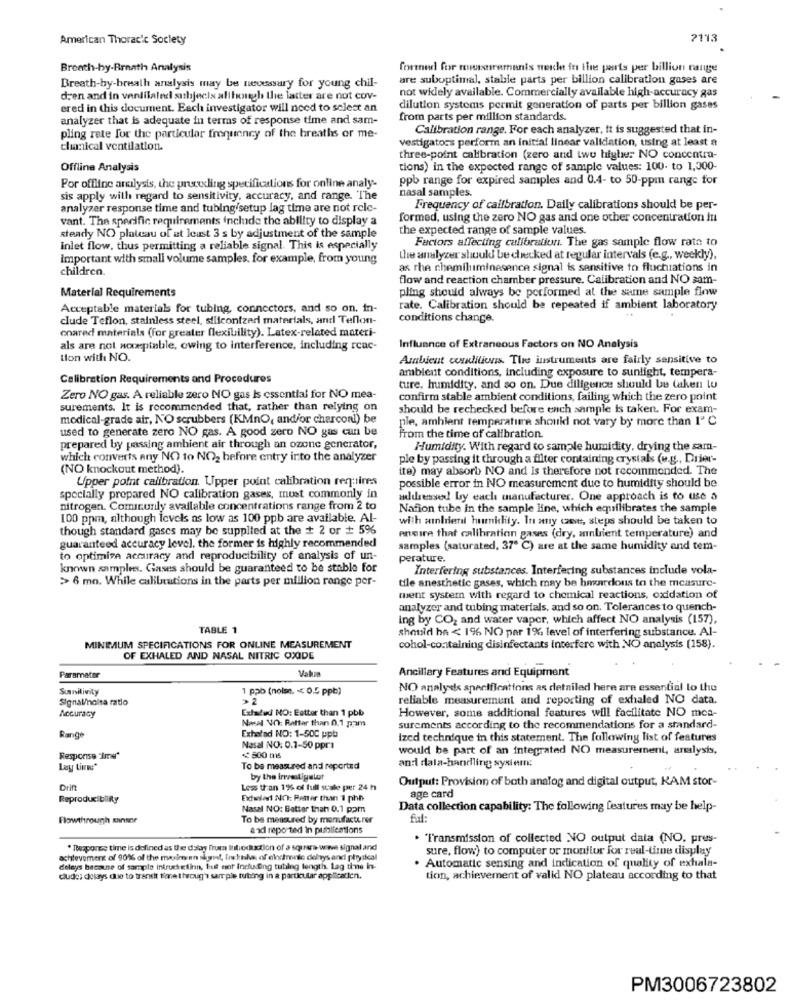
American Thoracic Society
2113
Breath-by-Rrnath Analysis
fortned for measurements weiche in the parts per billion range
are suboptimal, stable parts per billion calibration gases are
Breath-by-breath analysis may be necessary for young chil-
not widely available. Commercially available high-accuracy gas
dren and in ventilated subjects although the latter are not cov-
ered in this document. Each investigator will need to select an
dilution systems permit generation of parts per billion gases
analyzer that is adequate in terms of response time and sam-
from parts per million standards.
Calibration range. For each analyzer, it is suggested that in-
pling rate for the particular frequency of the breaths or me-
vestigators perform an initial linear validation, using at least a
chanical ventilation.
three-point calibration (zero and two higher NO concentra-
Offline Analysis
tions) in the expected range of sample values: 100. to 1,000-
ppb range for expired samples and 0.4- to 50-ppm range for
Por offline analysis, the preceding specifications for online analy-
sis apply with regard to sensitivity, accuracy, and range. The
nasal samples.
analyzer response time and tubing/setup lag time are not relc-
Frequency of calibration. Daily calibrations should be per-
vant. The specific requirements include the ability to display a
formed, using the zero NO gas and one other concentration in
the expected range of sample values
steady NO plateau of at least 3 s by adjustment of the sample
Factors affecting calibration. The gas sample flow rate to
inlet flow, thus permitting a reliable signal. This is especially
Important with small volume samples, for example, from young
the analyzer should be checked at regular intervals (e.g ., weekly),
children.
as rhe chemiluminesence signal is sensitive to fluctuations in
flow and reaction chamber pressure. Calibration and NO sam-
Material Requirements
pling should always be performed at the same sample flow
Acceptable materials for tubing, connectors, and so on. in-
rate. Calibration should be repeated if ambient laboratory
clude Teflon, stainless steel, silicontzer materials, and Teflon-
conditions change.
onared materials (for greater flexibility). Latex-related materi-
als are not acceptable, owing to interference, including rcac-
Influance of Extraneous Factors on NO Analysis
tion with NO.
Ambient colitis. Ture instruments are fairly sensitive to
ambient conditions, including exposure to sunlight, tempera-
Calibration Requirements and Procedures
ture, humidity, and so on. Due diligence should be taken tu
Zero NO gas. A reliable zero NO gas Is essential for NO mea-
confirm stable ambient conditions, failing which the zero point
surements. It is recommended that, rather than relying on
should be rechecked before ench sample is taken. For exam-
modical-grade air, NO scrubbers (KMnO, and/or charconl) be
ple, ambient temperature should not vary by more than 1" C
used to generate zero NO gas. A good zero NO gas can be
from the time of calibration.
prepared by passing ambient air through an ozone generator,
Humidity. With regard to sample humidity, drying the sam-
which converts any NO to NO2 before entry into the analyzer
ple by passing it through a filter containing crystals (e.g ., Drier-
(NO knockout method).
ite) may absorb NO and is therefore not recommended. The
Upper point calibration. Upper point calibration requires
possible error in NO measurement due to humidity should be
specially prepared NO calibration gases, must commonly in
addressed by each manufacturer. One approach is to use a
nitrogen. Comicurly available concentrations range from 2 to
Nation tube in the sample line, which equilibrates the sample
100 ppm, although levels as low as 100 ppb are available. Al-
with ailien humidity. In any case, steps should be taken to
though standard gases may be supplied at the + 2 or + 5%
encire that calibration gases (dry, ambient temperature) and
guaranteed accuracy level, the former is highly recommended
samples (saturated, 37º C) are at the same humidity and tem-
to optimize accuracy and reproducibility of analysis of un-
perature.
known samples. Gases should be guaranteed to be stable for
Interfering substances. Interfering substances include vola-
>> 6 mo. While calibrations in the parts per million range per-
tile anesthetic gases, which may be hazardous to the measure-
ment system with regard to chemical reactions, oxidation of
analyzer and tubing materials, and so on. Tolerances to quench-
ing by CO2 and water vapor, which affect NO analysis (157),
TABLE 1
should he < 1% NO per 1%, level of interfering substance. Al-
MINIMUM SPECIFICATIONS FOR ONLINE MEASUREMENT
cohol-containing disinfectants interfere with NO analysis (158).
OF EXHALED AND NASAL NITRIC OXIDE
Ancillary Features and Equipment
Paramatar
Sunnilivity
1 pab (noise, << 0.5 ppb)
NO analyses specifications as detailed here are essential to the
Signal/holsa ratio
reliable measurement and reporting of exhaled NO data.
Extalud NO: Estter than 1 pbb
However, some additional features will facilitate NO mes-
Accuracy
Nasal NO: Retter than 0.1 pom
Exherad NO: 1-50C ppb
surements according to the recommendations for a standard-
Range
Ized technique in this statement. The following list of features
Nasal NO: 0.7-50 ppra
would be part of an integrated NO measurement, analysis,
Response "Ime"
<800 ms
Lay Links*
To be measured and reported
an: dala-handling system:
by the investigalaat
Output: Provision of both analog and digital output, KAM stor-
Drift
Less than 1% of full scale per 24 h
Reproducibility
Extilladt NO: Better than 1 phh
age card
Nasal NO: Better than 0.1 ppm
Data collection capability: The following features may be help-
Flowthrough sansor
To be measured by manufacturer
fiat:
a xdi reported in publications
. Transmission of collected NO output data (NO, pres-
* Response time is defined as the dslay frum Introduction of a square-wwe signal and
sure, flow) to computer or monitor for real-time display
achievement of 90% of the main en sigmat, InkiMus of electronic delays and physical
delays because of sample intrus etinn, but ent including tubing length. Lag time in-
Automatic sensing and indication of quality of exhala-
clude; delays due to transit time throug's sample tubing in a particular applicatien.
tion, achievement of valid NO plateau according to that
PM3006723802